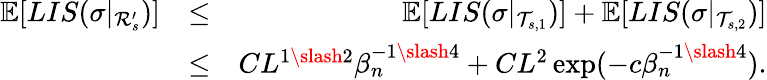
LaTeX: \begin{array}{rlr}{\mathbb{E}[LIS(\sigma|_{\mathcal{R}_{s}^{\prime}})]}&{\leq}&{\mathbb{E}[LIS(\sigma|_{\mathcal{T}_{s,1}})]+\mathbb{E}[LIS(\sigma|_{\mathcal{T}_{s,2}})]}\\ &{\leq}&{CL^{1\slash 2}\beta_{n}^{-1\slash 4}+CL^{2}\exp(-c\beta_{n}^{-1\slash 4}).}\end{array}